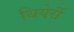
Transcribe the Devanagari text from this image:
थियेर्री